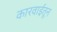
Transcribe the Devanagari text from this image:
कारवाईतून